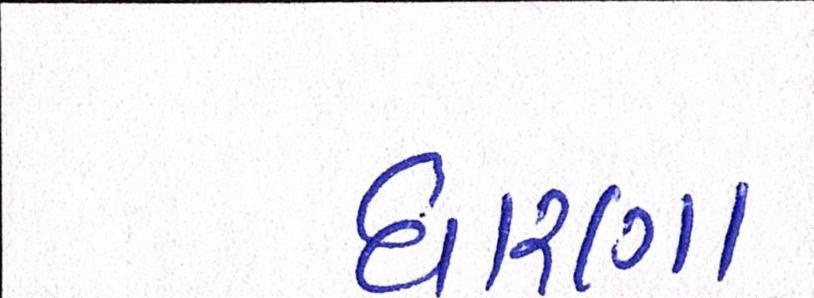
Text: ધારણા